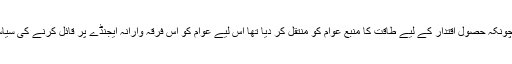
جمہوریت نے چونکہ حصول اقتدار کے لیے طاقت کا منبع عوام کو منتقل کر دیا تھا اس لیے عوام کو اس فرقہ وارانہ ایجنڈے پر قائل کرنے کی سیاست کا آغاز ہوا۔